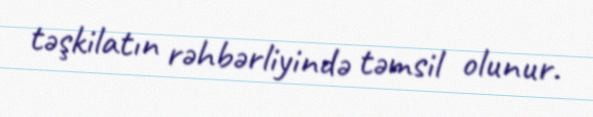
təşkilatın rəhbərliyində təmsil olunur.